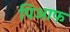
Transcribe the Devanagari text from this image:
पिआफ